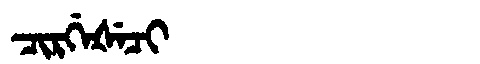
Manchu: ᠴᡳᡵᡤᡝᡧᡝᠴᡳ
Romanization: CIRGEŠECI